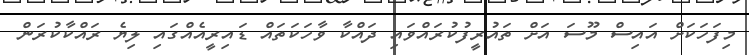
މިފަހަކަށް އައިސް މޫސަ އަށް ތައުރީފުކުރައްވައި ދައްކާ ވާހަކަތައް ޑައިރީއެއްގައި ލިޔެ ރައްކާކުރަން